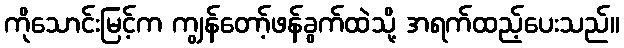
ကိုသောင်းမြင့်က ကျွန်တော့်ဖန်ခွက်ထဲသို့ အရက်ထည့်ပေးသည်။